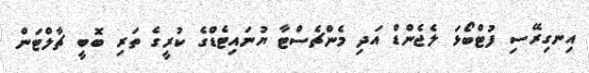
އިނގިރޭސި ފުޓްބޯޅަ ލެޖެންޑް އަދި މެންޗެސްޓާ ޔުނައިޓެޑްގެ ކުރީގެ ތަރި ބޮބީ ޗާލްޓަން